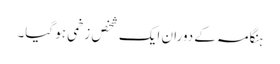
ہنگامہ کے دوران ایک شخص زخمی ہو گیا۔